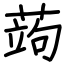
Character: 蒟